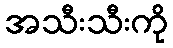
အသီးသီးကို